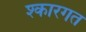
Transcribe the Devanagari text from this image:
श्कारगत